Vaccination Hyderabad 1872-1889 - 1872-1889
Year: 1872
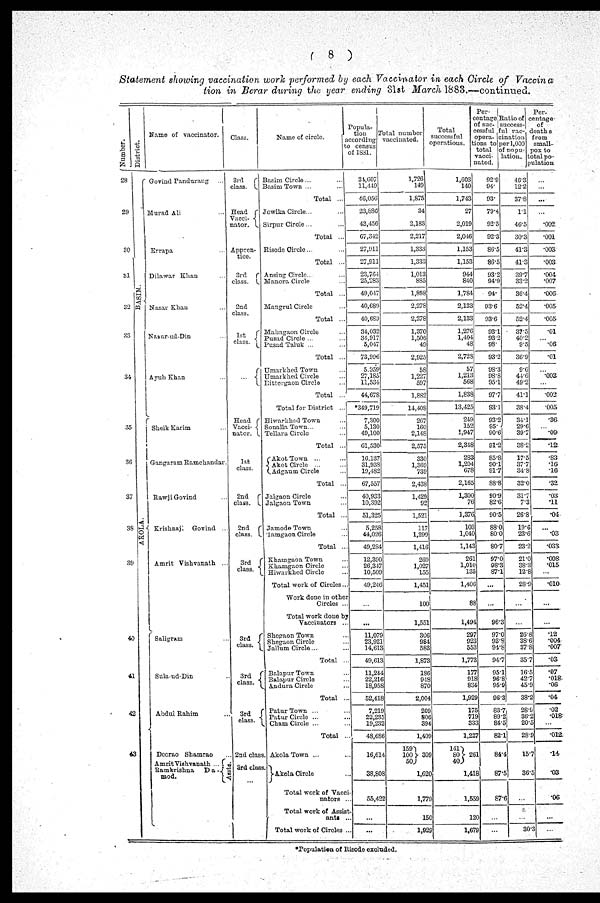
( 8 )
Statement showing vaccination work performed by each Vaccinator in each Circle of Vaccina
tion in Berar during the year ending 31st March 1883.—continued.
Number.
28
29
30
31
32
33
34
35
36
37
38
39
40
41
42
43
District.
BASIM.
AKOLA.
Name of vaccinator
Govind Pandurang ...
Murad Ali ...
Errapa ...
Dilawar Khan ...
Nasar Khan ...
Nasur-ud-Din ...
Ayub Khan ...
Sheik Karim ...
Gangaram Ramchandar.
Rawji Govind ...
Krishnaji Govind ...
Amrit Vishvanath ...
Saligram ...
Sula-ud-Din ...
Abdul Rahim ...
Deorao Shamrao ...
Amrit Vishvanath ...
Ramkrishna
Da-
mod.
Assts.
Class.
3rd
class.
Head
Vacci-
nator.
Appren-
tice.
3rd
class.
2nd
class.
1st
class.
...
Head
Vacci-
nator.
1st
class.
2nd
class.
2nd
class.
3rd
class.
3rd
class
3rd
class.
3rd
class.
2nd class
3rd class
...
Name of circle.
Basim Circle... ...
Basim Town ... ...
Total ...
Jowlka Circle...
Sirpur Circle...
Total ...
Risode Circle ... ...
Total ...
Ansing Circle...
Manora Circle ...
Total ...
Mangrul Circle ...
Total ...
Mahngaon Circle ... ...
Pusad Circle ... ...
Pusad Taluk ... ...
Total ...
Umarkhed Town ...
Umarkhed Circle ...
Bittergaon Circle ...
Total ...
Total for District ...
Hiwarkhed Town ...
SonallaTown... ...
Tellara Circle ...
Total ...
Akot Town ... ...
Akot Circle ... ...
Adgaum Circle ...
Total ...
Jalgaon Circle ...
Jalgaon Town ...
Total ...
Jamode Town ...
Tamgaon Circle ...
Total ...
Khamngaon Town ...
Khamgaon Circle ...
Hiwarkhcd Circle ...
Total work of Circles ...
Work done in other
Circles ...
Total work done by
Vaccinators ...
Shegaon Town ...
Shegaon Circle ...
Jallum Circle... ...
Total ...
Balapur Town ...
Balapur Circle ...
Andura Circle ...
Total ...
Patur Town ... ...
Patur Circle ... ...
Cham Circle ... ...
Total ...
AkolaTown ...
Akola Circle ...
Total work of Vacci
nators ...
Total work of Assist-
ante ...
Total work of Circles ..
Popula-
tion
according
to census
of 1831.
34,607
11,449
46,056
23,886
43,456
67,342
27,911
27,911
23,764
25,283
49,047
40,689
40,689
34,032
34,917
5,047
73,996
5,959
27,185
11,534
44,678
*349,719
7,300
5,130
49,100
61,530
16,137
31,938
19,482
67,557
40,933
10,392
51,325
5,258
44,026
49,284
12,390
26,347
10,509
49,246
...
...
11,079
23,921
14,613
49,613
11,244
22,216
18,958
52,418
7,219
22,235
19,232
48,686
16,614
38,808
55,422
...
...
Total number
vaccinated.
1,726
149
1,875
34
2,183
2,217
1,333
1,333
1,013
885
1,898
2,278
2,278
1,370
1,506
49
2,925
58
1,227
597
1,882
14,408
267
160
2,148
2,575
330
1,369
739
2,438
1,429
92
1,521
117
1,299
1,416
269
1,027
155
1,451
100
1,551
306
984
583
1,873
186
948
870
2,004
209
806
394
1,409
159
100
50
309
1,620
1,779
150
1,929
Total
successful
operations.
1,603
140
1,743
27
2,019
2,046
1,153
1,153
944
840
1,784
2,133
2,133
1,276
1,404
48
2,728
57
1,213
568
1,838
13,425
249
152
1,947
2,348
283
1,204
678
2,165
1,300
76
1,376
103
1,040
1,143
261
1,010
135
1,406
88
1,494
297
923
553
1,773
177
918
834
1,929
175
718
333
1,227
141
80
40
261
1,418
1,559
120
1,679
Per-
centage
of suc-
cessful
opera-
tions to
total
vacci-
nated.
92.9
94.
93.
79.4
92.5
92.3
86.5
865
93.2
94.9
94.
93.6
93.6
93.1
93.2
98.
93.2
98.3
98.8
95.1
97.7
93.1
93.2
95.
90.6
91.2
85.8
90.1
91.7
88.8
90.9
82.6
90.5
88.0
80.0
80.7
97.0
98.3
87.1
...
...
96.3
97.0
93.8
94.8
94.7
95.1
96.8
95.9
96.3
83.7
89.2
84.5
82.1
84.4
87.5
87.6
...
...
Ratio of
success-
ful vac-
cination
per 1,000
of popu-
lation.
46.3
12.2
37.8
1.1
46.5
30.3
41.3
41.3
39.7
33.2
36.4
52.4
52.4
37.5
40.2
9.5
36.9
9.6
44.6
49.2
41.1
38.4
34.1
29.6
39.7
38.2
17.5
37.7
34.8
32.0
31.7
7.3
26.8
19.6
23.6
23.2
21.0
38.3
12.8
28.9
...
...
26.8
38.6
37.8
35.7
16.5
42.7
45.9
38.2
28.9
36.2
20.5
28.9
15.7
36.5
...
...
30.3
Per-
centage-
of
deaths
from
small-
pox to
total po-
pulation
...
...
...
...
.002
.001
.003
.003
.004
.007
.006
.005
.005
.01
...
.06
.01
...
.003
...
.002
.005
.36
...
.09
.12
.83
.16
.16
.32
.03
.11
.04
...
.03
.033
.008
.015
...
.010
...
...
.12
.004
.007
.03
.07
.018
.06
.04
.02
.018
...
.012
.14
.03
.06
...
...
*Population of Risode excluded.